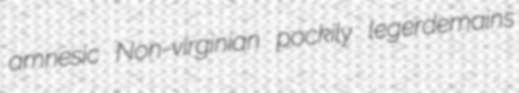
amnesic Non-virginian pockily legerdemains